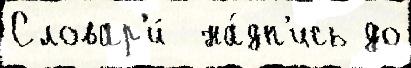
Словар'и́  на́дп'ись до